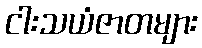
ငါးသယံဇာတများ